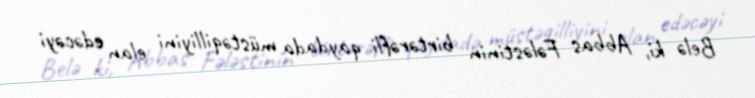
Belə ki, Abbas Fələstinin birtərəfli qaydada müstəqilliyini elan edəcəyi